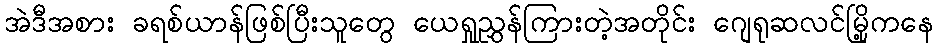
အဲဒီအစား ခရစ်ယာန်ဖြစ်ပြီးသူတွေ ယေရှုညွှန်ကြားတဲ့အတိုင်း ဂျေရုဆလင်မြို့ကနေ